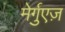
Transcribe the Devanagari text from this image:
मेर्गुएज़